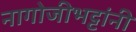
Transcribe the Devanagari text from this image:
नागोजीभट्टांनी